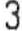
3